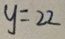
y = 2 2